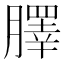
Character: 䐾